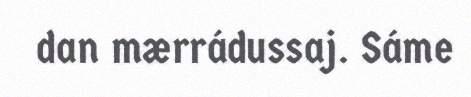
dan mærrádussaj. Sáme